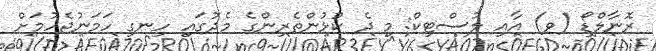
ރޮނާލްޑޯ (ވ) އާއި ލުސްޓިކް: މި ދެ ކުޅުންތެރިންގެ މެދުގައި ހިނގި ހަމަނުޖެހުމަށް